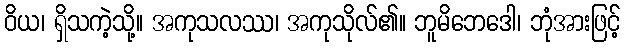
ဝိယ၊ ရှိသကဲ့သို့။ အကုသလဿ၊ အကုသိုလ်၏။ ဘူမိဘေဒေါ၊ ဘုံအားဖြင့်